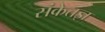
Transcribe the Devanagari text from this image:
संकेतज्ञ